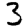
Digit: 3